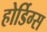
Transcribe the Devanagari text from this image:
होर्डिग्स